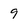
Character: 9